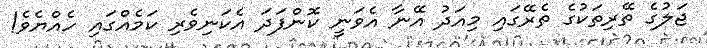
ޖަލުގެ ތޭރިތަކުގެ ތެރޭގައި މިއަދު އޭނާ އެވަނީ ކޮންފަދަ އެކަނިވެރި ކަމެއްގައި ހެއްޔެވެ!